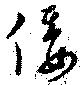
倭